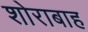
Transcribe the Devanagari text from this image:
शोराबाह